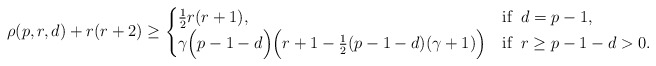
\begin{align*} \rho(p,r,d) +r(r+2) \geq \begin{cases} \frac{1}{2}r(r+1), & \mbox{if} \; \; d = p-1, \\ \gamma\Big(p-1-d\Big)\Big(r+1-\frac{1}{2} (p-1-d)(\gamma+1)\Big) & \mbox{if} \; \; r \geq p-1-d >0.\end{cases} \end{align*}